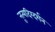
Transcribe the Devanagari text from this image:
नृ्त्यदिग्दर्शन